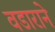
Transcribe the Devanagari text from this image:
वडाराने